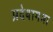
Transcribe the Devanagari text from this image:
प्रदेयागमा